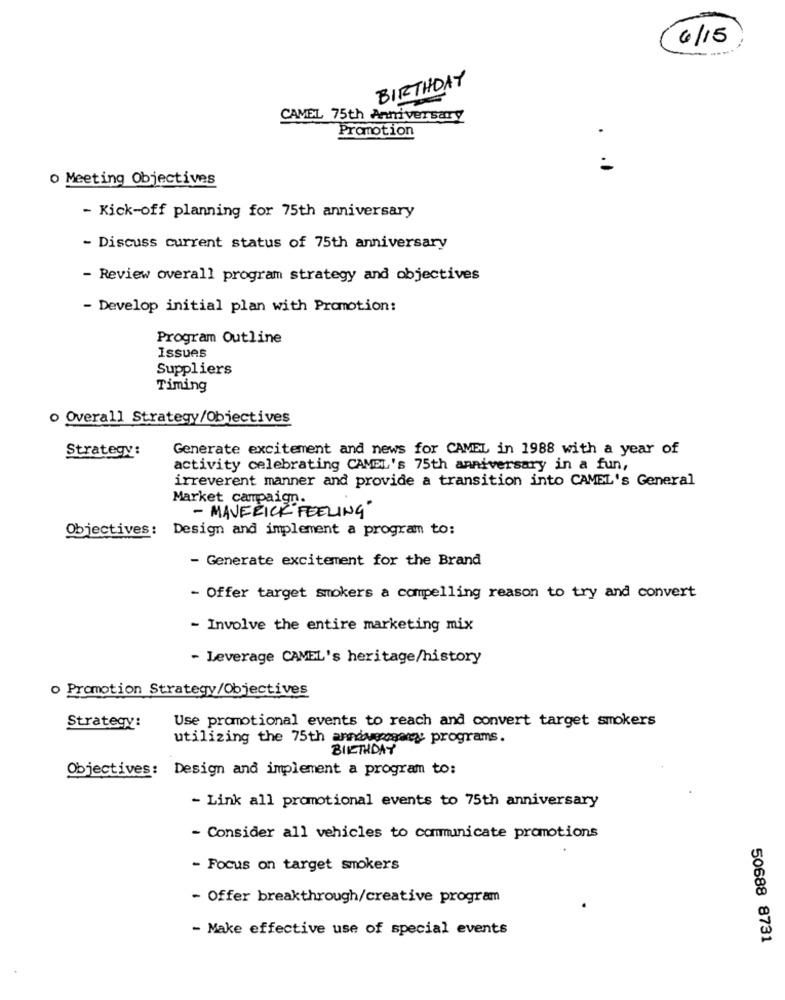
6 / 15
BIRTHDAY
CAMEL 75th Anniversary
Promotion
o Meeting Objectives
- Kick-off planning for 75th anniversary
- Discuss current status of 75th anniversary
- Review overall program strategy and objectives
- Develop initial plan with Promotion:
Program Outline
Issues
Suppliers
Timing
o Overall Strategy/Objectives
Generate excitement and news for CAMEL in 1988 with a year of
Strategy:
activity celebrating CAMEL's 75th anniversary in a fun,
irreverent manner and provide a transition into CAMEL's General
Market campaign.
- MAVERICK"FEELING"
Objectives: Design and implement a program to:
- Generate excitement for the Brand
- Offer target smokers a compelling reason to try and convert
- Involve the entire marketing mix
- Leverage CAMEL's heritage/history
o Promotion Strategy/Objectives
Strategy:
Use promotional events to reach and convert target smokers
utilizing the 75th anndueomgange programs.
BIRTHDAY
Objectives: Design and implement a program to:
- Link all promotional events to 75th anniversary
- Consider all vehicles to communicate promotions
- Focus on target smokers
- Offer breakthrough/creative program
- Make effective use of special events
50688 8731